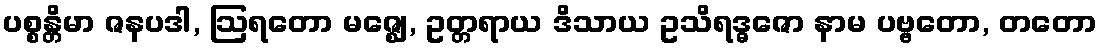
ပစ္စန္တိမာ ဇနပဒါ, ဩရတော မဇ္ဈေ, ဥတ္တရာယ ဒိသာယ ဥသိရဒ္ဓဇော နာမ ပဗ္ဗတော, တတော